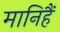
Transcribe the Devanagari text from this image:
मानिहैं